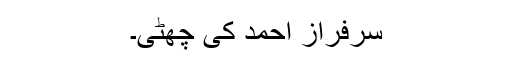
سرفراز احمد کی چھٹی۔